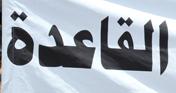
القاعدة